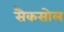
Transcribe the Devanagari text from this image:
सैकसोल